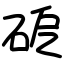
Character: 砨